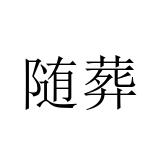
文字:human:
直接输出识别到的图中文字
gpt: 随葬